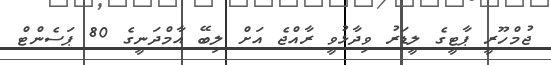
ޖުމްހޫރީ ޕާޓީގެ ލީޑަރު ވިދާޅުވީ ރާއްޖެ އަށް ލިބޭ އާމްދަނީގެ 80 ޕަސެންޓް